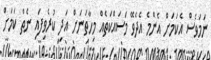
ނަމަވެސް އެކަމަށް އެންމެ އެދެވޭ މަސައްކަތެއް މިހާތަނަށް އަދި ކުރެވިފައި ނެތް ކަމަށް